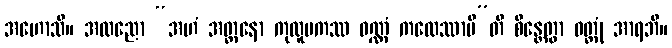
အဟောသိ။ အထညော “အဟံ အတ္တနော ကုလူပကဿ ဝဏ္ဏံ ကထေဿာမီ”တိ စိန္တေတွာ ဝတ္တုံ အာရဘိ။